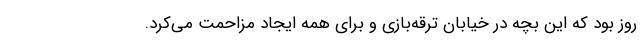
روز بود که این بچه در خیابان ترقه‌بازی و برای همه ایجاد مزاحمت می‌کرد.